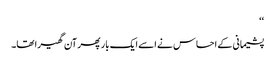
‘‘
پشیمانی کے احساس نے اسے ایک بار پھر آن گھیرا تھا۔